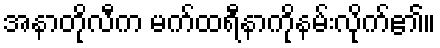
အနာတိုလီက မက်ထရီနာကိုနမ်းလိုက်၏။